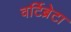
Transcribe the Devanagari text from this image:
वर्टिब्रेटा